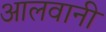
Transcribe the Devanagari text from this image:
आलवानी